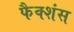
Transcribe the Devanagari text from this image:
फैक्शंस